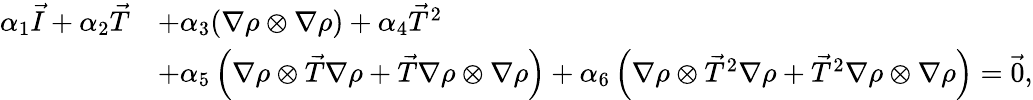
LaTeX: \begin{array}{rl}{\alpha_{1}\vec{I}+\alpha_{2}\vec{T}}&{+\alpha_{3}(\nabla\rho\otimes\nabla\rho)+\alpha_{4}\vec{T}^{2}}\\ &{+\alpha_{5}\left(\nabla\rho\otimes\vec{T}\nabla\rho+\vec{T}\nabla\rho\otimes\nabla\rho\right)+\alpha_{6}\left(\nabla\rho\otimes\vec{T}^{2}\nabla\rho+\vec{T}^{2}\nabla\rho\otimes\nabla\rho\right)=\vec{0},}\end{array}